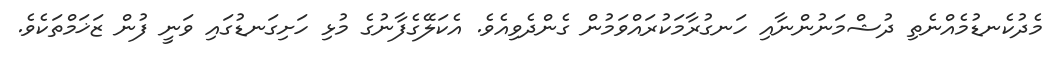
މެދުކެނޑުމެއްނެތި ދުޝްމަނުންނާއި ހަނގުރާމަކުރައްވަމުން ގެންދެވިއެވެ. އެކަލޭގެފާނުގެ މުޅި ހަށިގަނޑުގައި ވަނީ ފުން ޒަޚަމްތަކެވެ.